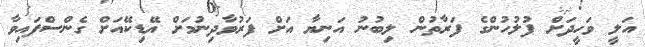
އަލީ ވަހީދަށް ފުލުހުންގެ ފަރާތުން ލިބުނު އަނިޔާ އަށް ފަރުވާދިނުމަށް އޭޑިކޭއަށް ގެންސްފައިވާ